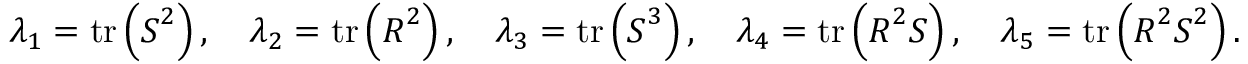
\lambda _ { 1 } = \operatorname { t r } \left( \boldsymbol { S } ^ { 2 } \right) , \quad \lambda _ { 2 } = \operatorname { t r } \left( \boldsymbol { R } ^ { 2 } \right) , \quad \lambda _ { 3 } = \operatorname { t r } \left( \boldsymbol { S } ^ { 3 } \right) , \quad \lambda _ { 4 } = \operatorname { t r } \left( \boldsymbol { R } ^ { 2 } \boldsymbol { S } \right) , \quad \lambda _ { 5 } = \operatorname { t r } \left( \boldsymbol { R } ^ { 2 } \boldsymbol { S } ^ { 2 } \right) .